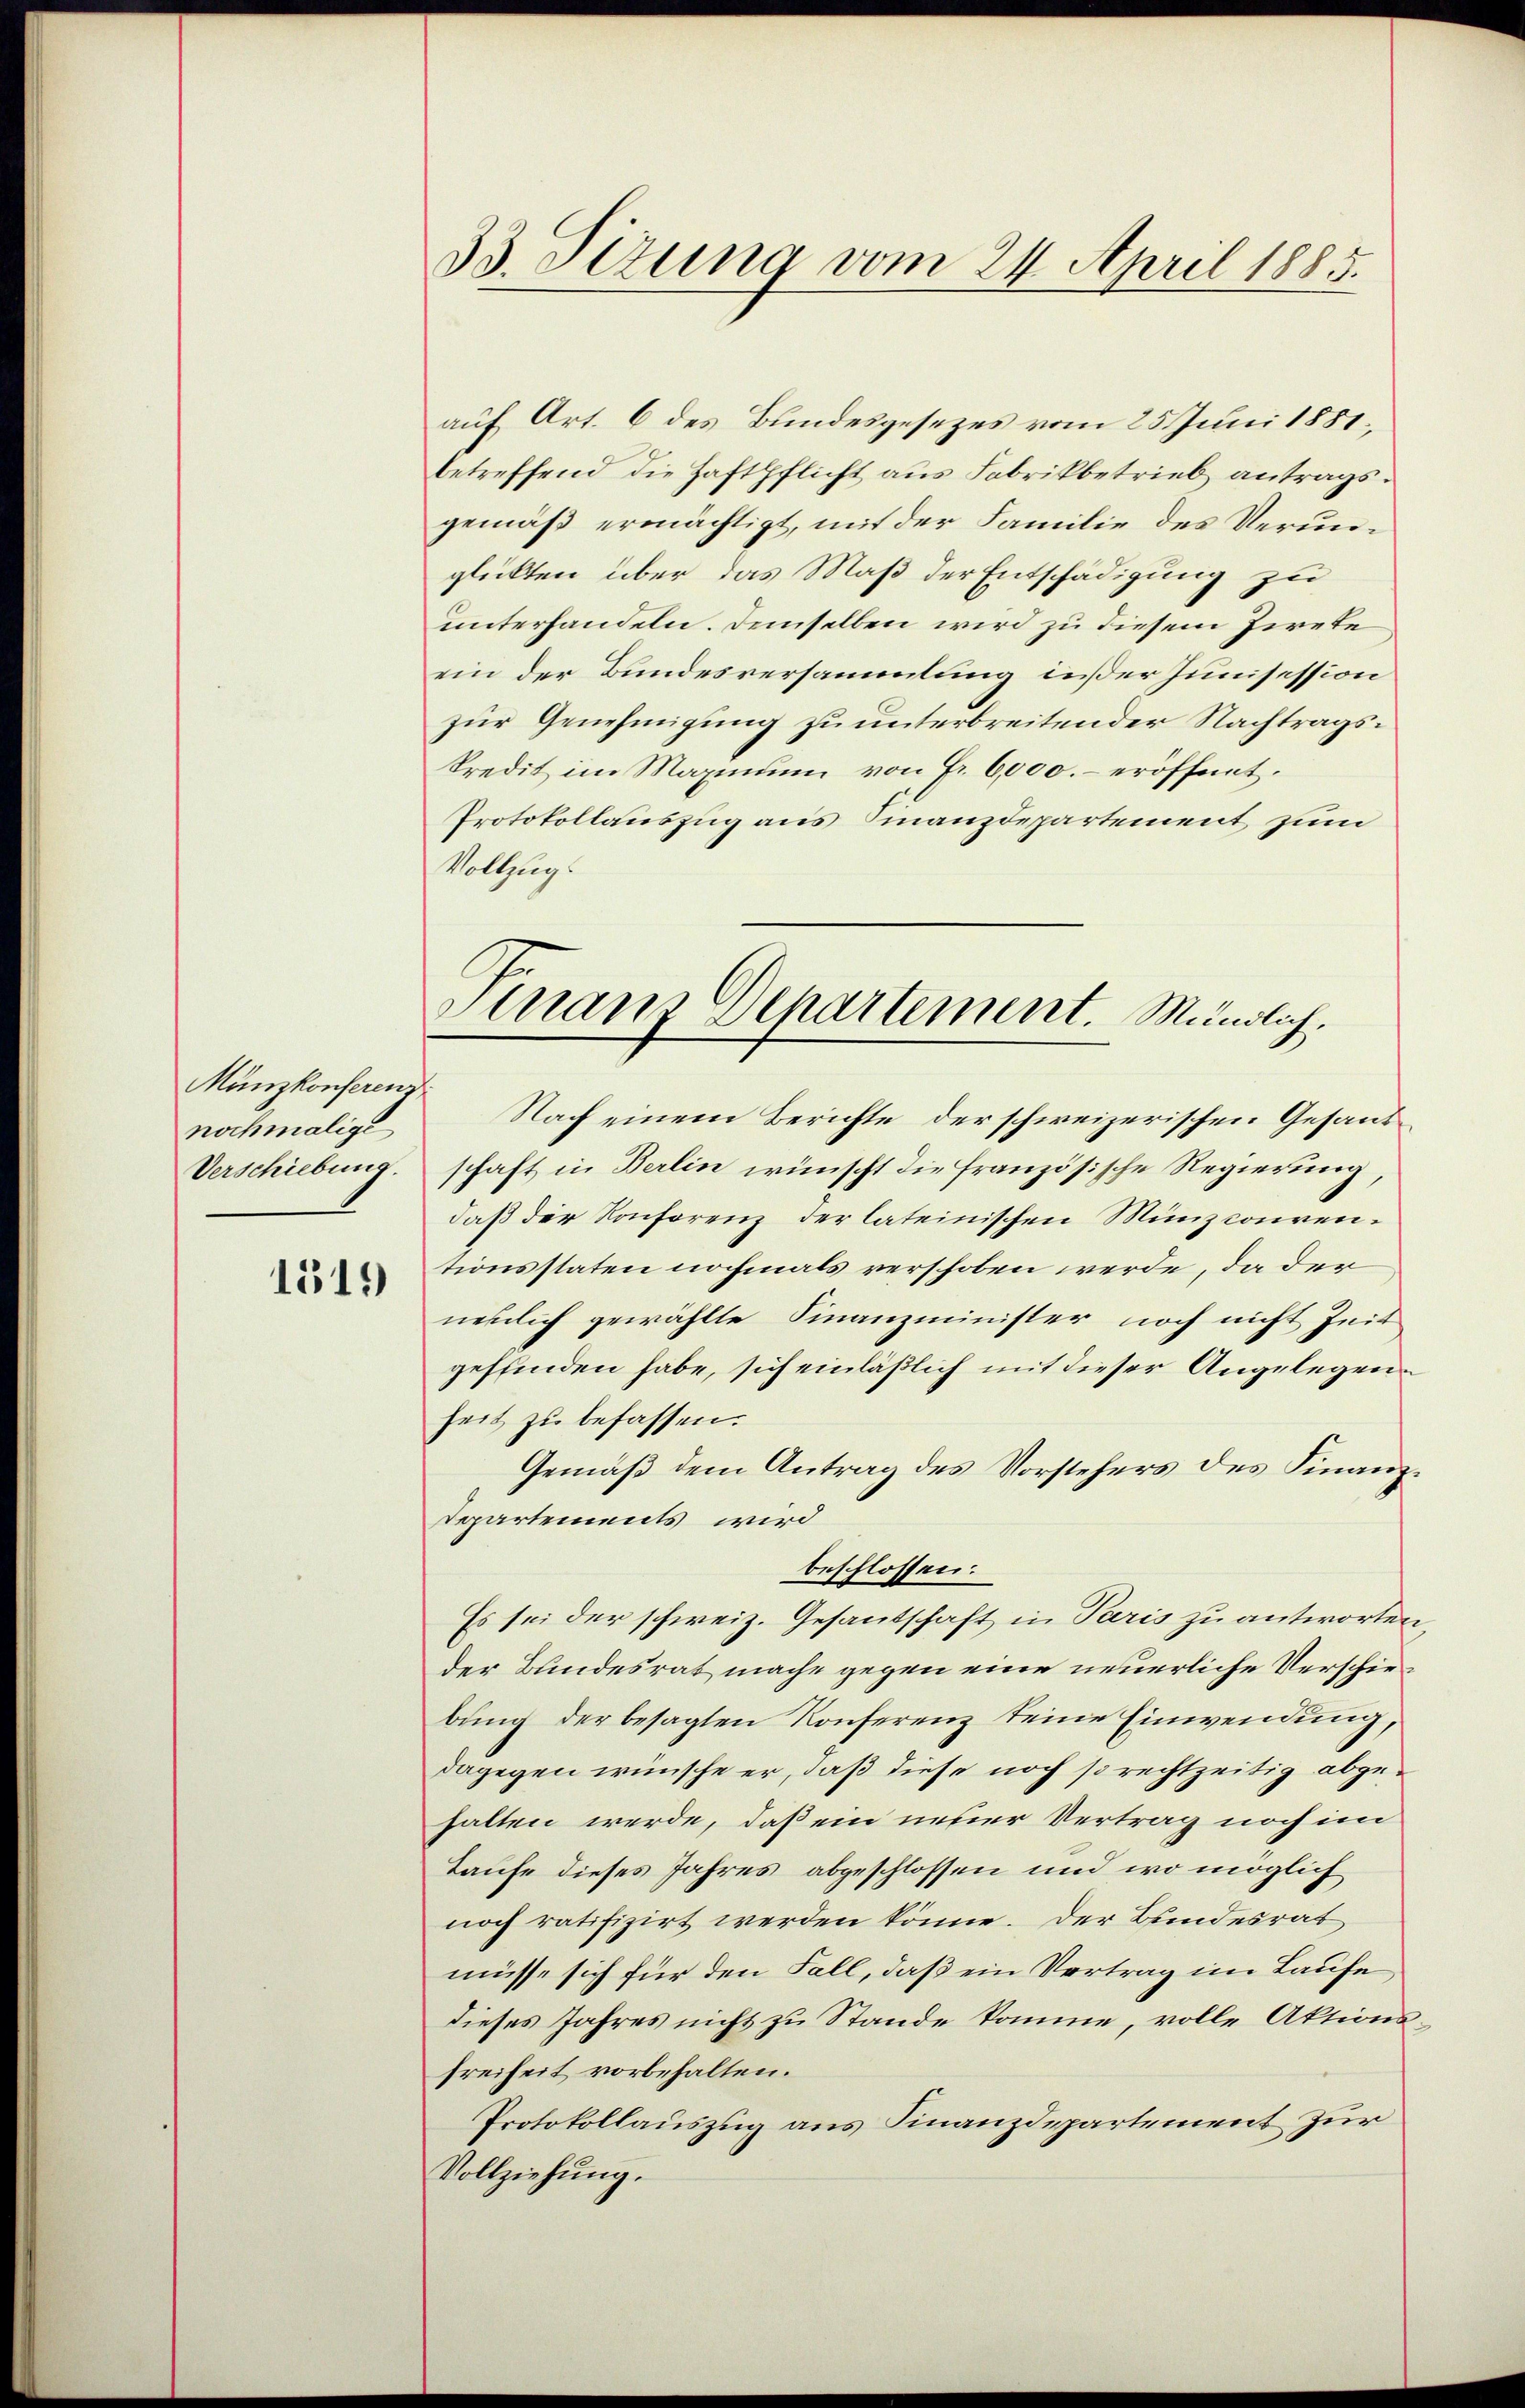
Münzkonferenz
nochmalige
1519

33. Sizung vom 24. April 1885.

auf Art. 6 des Bundesgesezes vom 25. Juni 1881,
betreffend die Haftpflicht aus Fabrikbetrieb antrags.
gemäß ermächtigt, mit der Familie des Verunglükten über das Maß der Entschädigung zu
unterhandeln. Demselben wird zu diesem Zirete
ein der Bundesversammlung ißer Junisession
zŭr Genehmigŭng zu unterbreitender Nachtragskredit im Maximum von Fr. 6,000.- eröffnet.
Protokollauszug aus Finanzdepartement zum
Vollzugs

Finanz Departement. Mündlich.

Nach einem Berichte der schweizerischen Gesand¬
Verschiebung. schaft in Berlin wünscht die französische Regierung,
daβ der Konferenz der lateinischen Münzconventionsstaten nochmals verschoben werde, da der
nemlich gewählte Finanzminister noch nicht Zeit
geffinden habe, sich einläßlich mit dieser Angelegenheit zu befassen.
Gemäß dem Antrag des Vorstehers des Finanz¬
Departements wird
beschlossen:
Es sei der schweiz. Gesantschaft in Paris zu antworten,
der Bundesrat mache gegen eine neuerliche Verschiebung der besagten Konferenz keine Einwendung,
dagegen wünsche er, daß diese noch so rechtzeitig abgehalten werde, daß ein neuer Vertrag noch im
taufe dieses Jahres abgeschlossen und wo möglich
noch ratifizirt werden könne. Der Bundesrat
müsse sich für den Fall, daß ein Vertrag im Laufe,
dieses Jahres nicht zu Stande komme, volle Aktions¬
Freiheit vorbehalten.
Protokollauszug aus Finanzdepartement zur
Vollziehung.